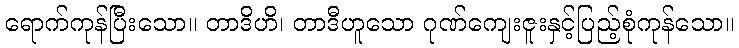
ရောက်ကုန်ပြီးသော။ တာဒိဟိ၊ တာဒီဟူသော ဂုဏ်ကျေးဇူးနှင့်ပြည့်စုံကုန်သော။